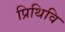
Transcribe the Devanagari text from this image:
प्रिथिवि